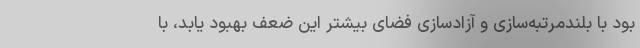
بود با بلندمرتبه‌سازی و آزادسازی فضای بیشتر این ضعف بهبود یابد، با